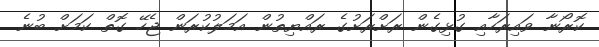
ކޮރޯނާ ވައިރަހާއި ގުޅިގެން ރަށްރަށުގެ ރައްޔިތުން އަމަލުކުރަން ޖެހޭ ގޮތް ކަމަށް ބުނެ